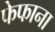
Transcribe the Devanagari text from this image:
फेफाना